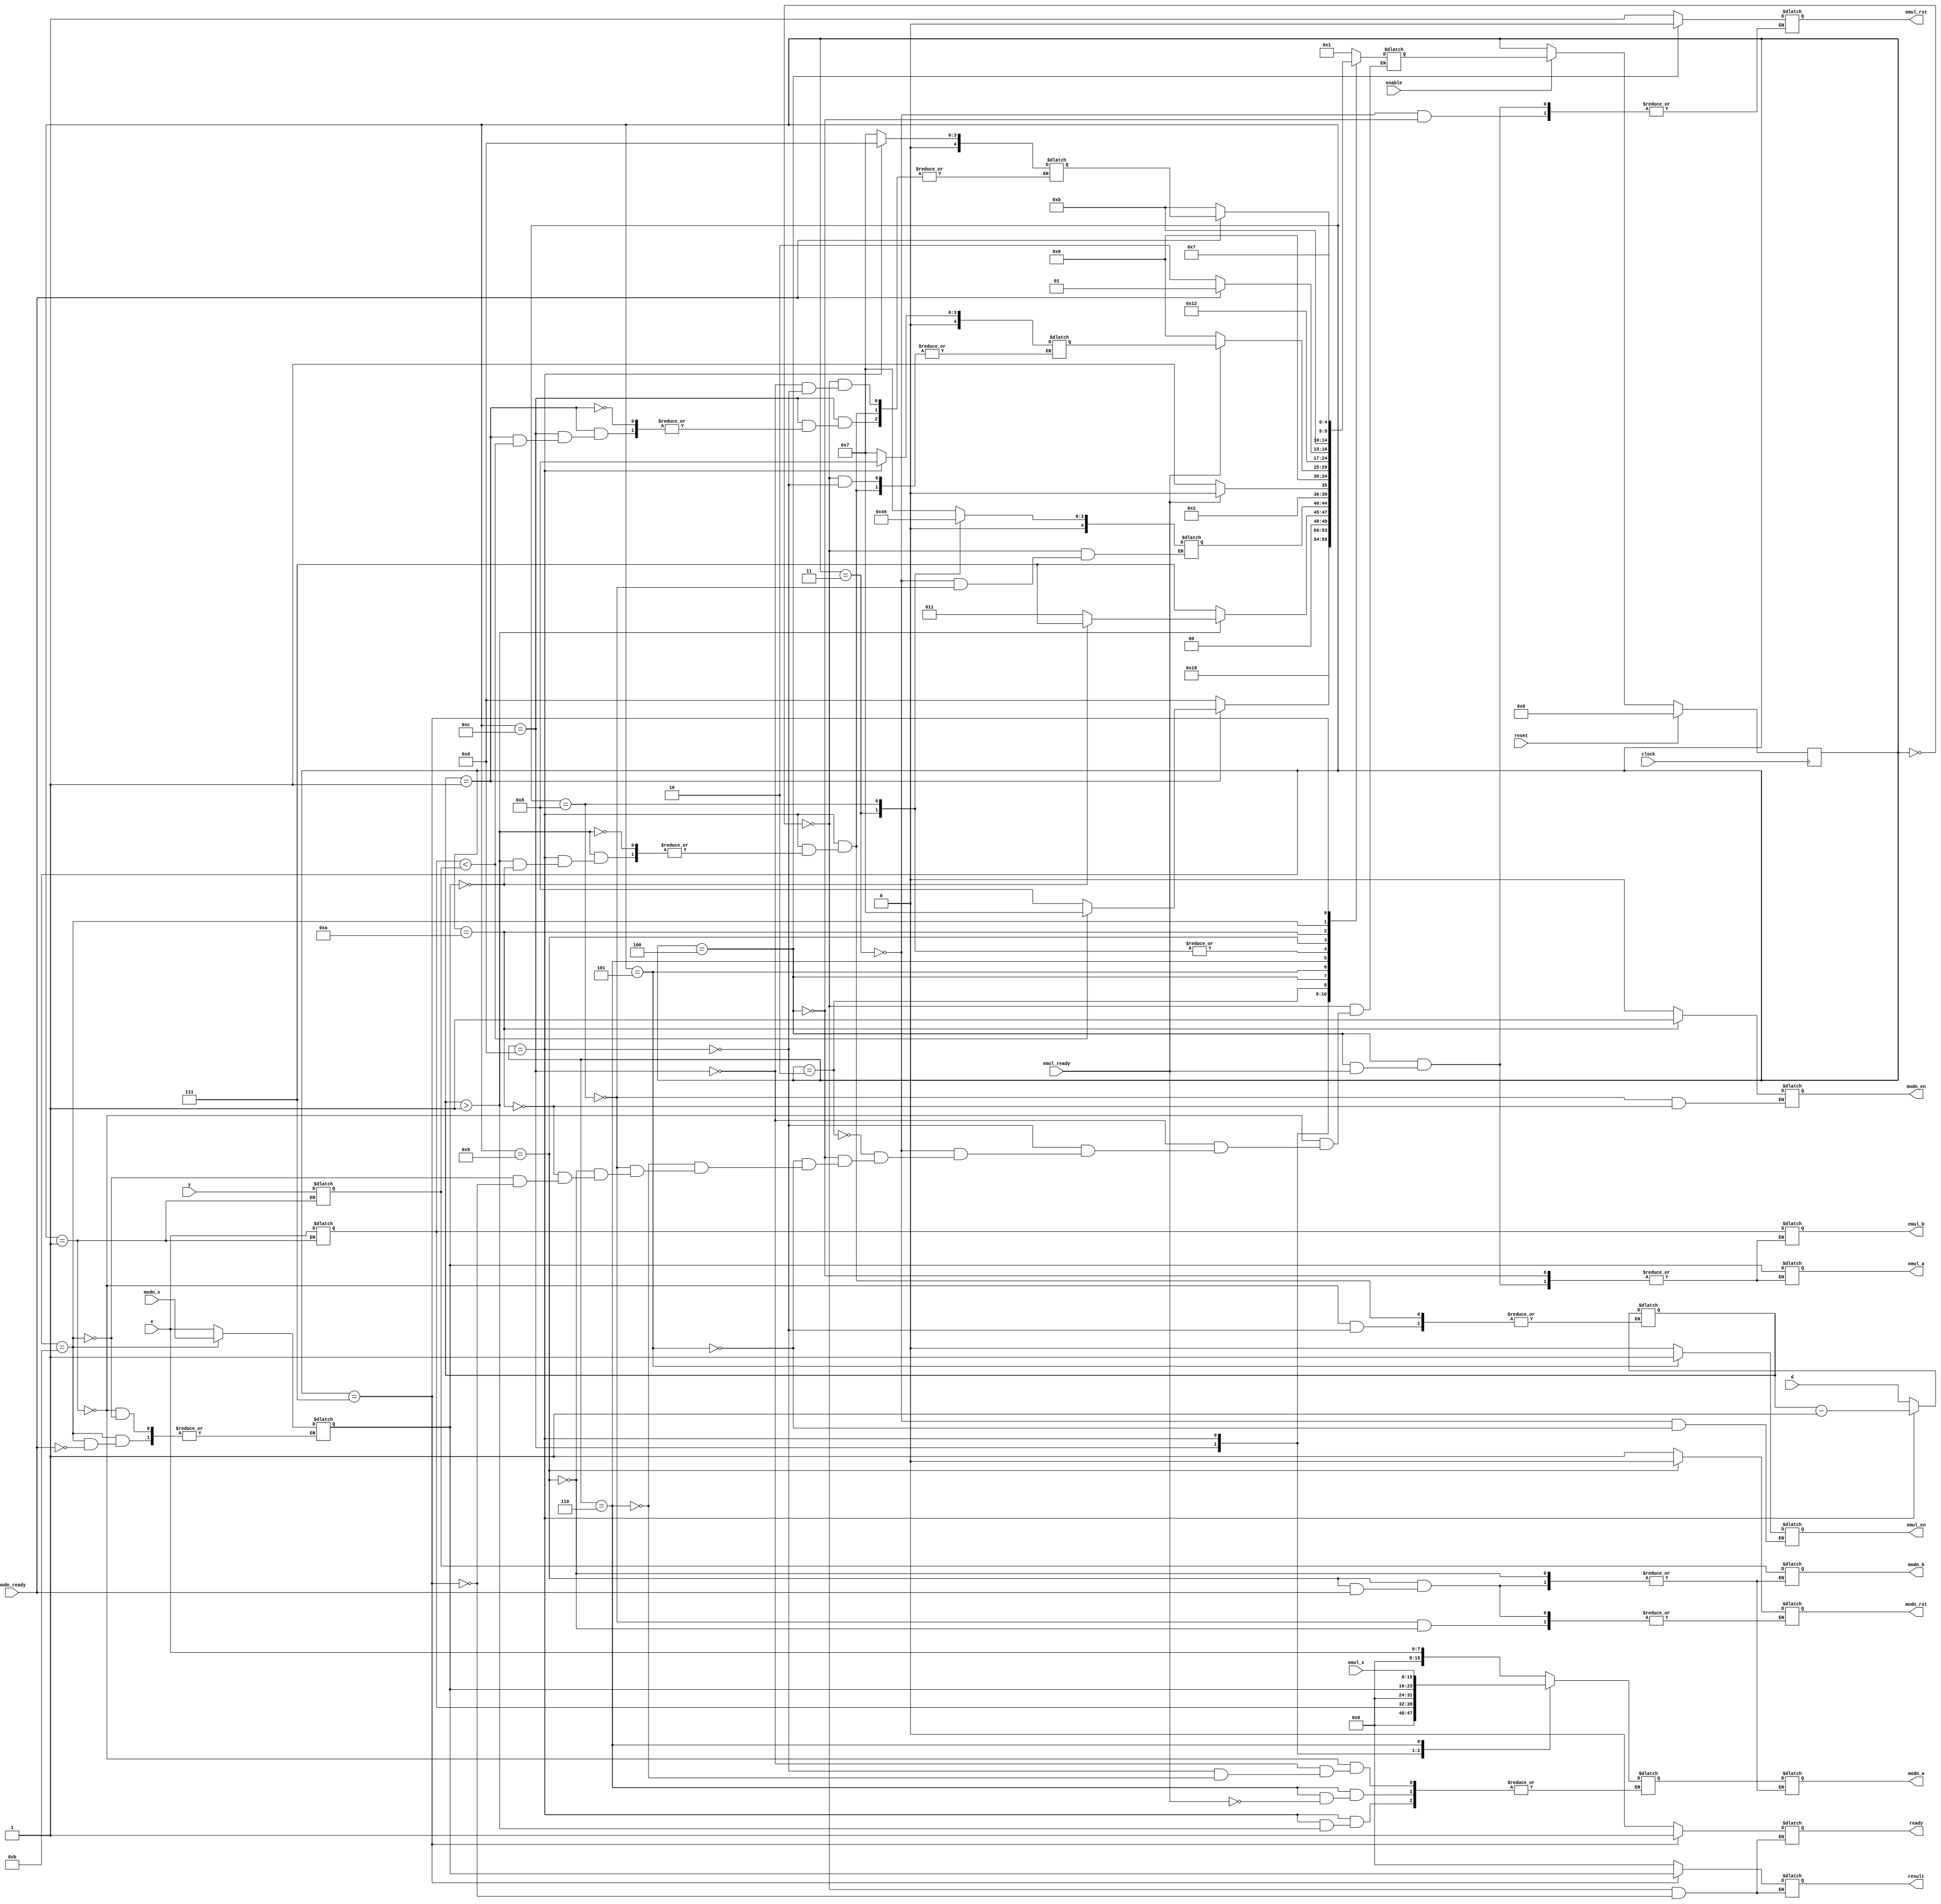
module rsa_behavioral (result,e,d,y,clock,enable,reset,ready,
                emul_x,emul_a,emul_b,emul_en,emul_rst,emul_ready,
                modn_x,modn_ready,modn_a,modn_b,modn_en,modn_rst);

// Parameter definitions :
parameter DATA_WIDTH = 8;
parameter DATA_DOUBLE_WIDTH = 16;
parameter STATE_WIDTH = 5;

// State definitions :
parameter STATE_RESET                         = 0;
parameter STATE_TAKE_INPUT                    = 1;
parameter STATE_WAIT_ONE_CLOCK_CYCLE          = 2;
parameter STATE_PERFORM_OP_MUL                = 3;
parameter STATE_MUL_WAIT_FOR_RESET_READY      = 4;
parameter STATE_MUL_START_EXP                 = 5;
parameter STATE_MUL_WAIT_FOR_RESULT_READY     = 6;
parameter STATE_END_COMPUTATION               = 7;
parameter STATE_PERFORM_OP_MOD                = 8;
parameter STATE_MOD_WAIT_FOR_RESET_READY      = 9;
parameter STATE_MOD_START_EXP                 = 10;
parameter STATE_MOD_WAIT_FOR_RESULT_READY     = 11;
parameter STATE_PERFORM_EXPMODN               = 12;
parameter STATE_EXPMODN_NONTRIVIAL            = 13;

// Input / Output definitions :
output [DATA_WIDTH-1:0]result; 
//output [DATA_DOUBLE_WIDTH-1:0]result;
input [DATA_WIDTH-1:0]e,d,y;
input clock,reset,enable;
input [DATA_DOUBLE_WIDTH-1:0] emul_x;
input [DATA_WIDTH-1:0] modn_x;
input emul_ready,modn_ready;


// Register definitions
output reg [DATA_WIDTH-1:0]emul_a,emul_b,modn_b;
reg [DATA_WIDTH-1:0]result; 
output reg ready,emul_en,emul_rst,modn_en,modn_rst;
output reg [DATA_DOUBLE_WIDTH-1:0]modn_a;
reg [STATE_WIDTH-1:0] state;
reg [STATE_WIDTH-1:0] next_state;
reg [STATE_WIDTH-1:0] saved_state1; // For holding the saved state for 1 clk delay routine
reg [STATE_WIDTH-1:0] saved_state2; // For holding the saved state for multiplication routine
reg [STATE_WIDTH-1:0] saved_state3; // For holding the saved state for mod routine
reg [DATA_WIDTH-1:0]temp_e,temp_d,temp_y,temp_k;
reg [DATA_DOUBLE_WIDTH-1:0]temp_x;

always @(posedge clock)begin
    if (reset)begin
        state <= STATE_RESET;
    end
    else if (enable) begin
        state <= next_state;
    end // reset
end // clock

always @(*) begin
    case (state)
        STATE_RESET:
        begin
            saved_state1 = STATE_END_COMPUTATION; 
            saved_state2 = STATE_END_COMPUTATION; 
            saved_state3 = STATE_END_COMPUTATION; 
            result = 0;
            ready = 1'b0;
            $display("\t\trsa >> ready signal is %d inside reset routine",ready);
            next_state = STATE_TAKE_INPUT;
        end
        STATE_TAKE_INPUT: 
        begin
            $display("\trsa >> STATE_TAKE_INPUT");
            temp_e = e;
            temp_d = d;
            temp_y = y;
            temp_k = e;
            temp_x = temp_e; 
            next_state = STATE_PERFORM_EXPMODN;
        end
        STATE_PERFORM_EXPMODN:
        begin
            $display("\trsa >> STATE_PERFORM_EXPMODN");
            /* First, deal with trivial case :
             *    - d = 1
             *      &
             *        - e < y
             *          or
             *        - e >= y
             */
            if (temp_d == 1) begin
                $display("\trsa >> STATE_PERFORM_EXPMODN : Trivial case - (d = 1)");
                if (temp_e < temp_y) begin
                    $display("\trsa >> STATE_PERFORM_EXPMODN : Trivial case - (e < y)");
                    temp_x = temp_e; 
                    next_state = STATE_END_COMPUTATION;
                end // temp_e < temp_y
                else begin
                    $display("\trsa >> STATE_PERFORM_EXPMODN : Trivial case - (e >= y)");
                    temp_x = temp_e; 
                    saved_state3 = STATE_END_COMPUTATION;         
                    next_state = STATE_PERFORM_OP_MOD;
                end
            end // temp_d
            else begin
                    $display("\trsa >> STATE_PERFORM_EXPMODN : Non-trivial case : (d > 1)");
                    next_state = STATE_EXPMODN_NONTRIVIAL;
                    temp_x = temp_e;
            end // temp_d > 1
        end
        STATE_EXPMODN_NONTRIVIAL:
        begin
            $display("\trsa >> STATE_EXPMODN_NONTRIVIAL");
            if (temp_d > 1) begin
                if (temp_k == 0) begin
                    $display("\trsa >> Mod was 0, so taking a shortcut to end the computation");
                    next_state = STATE_END_COMPUTATION;
                end
                else begin
                    next_state = STATE_PERFORM_OP_MUL;
                    saved_state2 = STATE_PERFORM_OP_MOD;
                    saved_state3 = STATE_EXPMODN_NONTRIVIAL;
                    temp_d = temp_d-1;
                end
            end
            else begin
                temp_x = temp_k;
                next_state = STATE_END_COMPUTATION;
            end
        end
        STATE_PERFORM_OP_MUL:
        begin
            // First, reset emul_sql 
            $display("\trsa >> STATE_PERFORM_OP_MUL");
            emul_rst = 1;
            emul_en = 0;
            saved_state1 = STATE_MUL_WAIT_FOR_RESET_READY;
            next_state = STATE_WAIT_ONE_CLOCK_CYCLE;
        end
        STATE_WAIT_ONE_CLOCK_CYCLE:
        begin
            $display("\trsa >> STATE_WAIT_ONE_CLOCK_CYCLE");
            next_state = saved_state1;
        end
        STATE_MUL_WAIT_FOR_RESET_READY:
        begin
            $display("\trsa >> STATE_MUL_WAIT_FOR_RESET_READY");
            if (emul_ready == 1'b0) begin
                next_state = STATE_MUL_START_EXP;
                emul_a = temp_k;
                emul_b = temp_e;
                emul_rst = 0;
            end
            else begin
                next_state = STATE_MUL_WAIT_FOR_RESET_READY;
            end
        end
        STATE_MUL_START_EXP:
        begin
            $display("\trsa >> STATE_MUL_START_EXP");
            emul_en = 1; 
            next_state = STATE_MUL_WAIT_FOR_RESULT_READY;
        end
        STATE_MUL_WAIT_FOR_RESULT_READY:
        begin
            $display("\trsa >> STATE_MUL_WAIT_FOR_RESULT_READY");
            if (~emul_ready) begin
                next_state = STATE_MUL_WAIT_FOR_RESULT_READY;
            end
            else begin
                temp_x = emul_x; 
                next_state = saved_state2;
            end
        end
        STATE_PERFORM_OP_MOD:
        begin
            // First, reset modn 
            $display("\trsa >> STATE_PERFORM_OP_MOD");
            modn_rst = 1;
            modn_en = 0;
            saved_state1 = STATE_MOD_WAIT_FOR_RESET_READY;
            next_state = STATE_WAIT_ONE_CLOCK_CYCLE;
        end
        STATE_WAIT_ONE_CLOCK_CYCLE:
        begin
            $display("\trsa >> STATE_WAIT_ONE_CLOCK_CYCLE");
            next_state = saved_state1;
        end
        STATE_MOD_WAIT_FOR_RESET_READY:
        begin
            $display("\trsa >> STATE_MOD_WAIT_FOR_RESET_READY");
            if (modn_ready == 1'b0) begin
                next_state = STATE_MOD_START_EXP;
                modn_a = temp_x;
                modn_b = temp_y;
                modn_rst = 0;
            end
            else begin
                next_state = STATE_MOD_WAIT_FOR_RESET_READY;
            end
        end
        STATE_MOD_START_EXP:
        begin
            $display("\trsa >> STATE_MOD_START_EXP");
            modn_en = 1; 
            next_state = STATE_MOD_WAIT_FOR_RESULT_READY;
        end
        STATE_MOD_WAIT_FOR_RESULT_READY:
        begin
            $display("\trsa >> STATE_MOD_WAIT_FOR_RESULT_READY");
            if (~modn_ready) begin
                next_state = STATE_MOD_WAIT_FOR_RESULT_READY;
            end
            else begin
                temp_k = modn_x; 
                next_state = saved_state3;
            end
        end
        // End computation state - Final state
        STATE_END_COMPUTATION:
        begin
            $display("\trsa >> STATE_END_COMPUTATION");
            //result = temp_x;
            result = temp_k;
            ready = 1;
            next_state = STATE_END_COMPUTATION;
        end
    endcase
end

endmodule